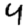
Digit: 4